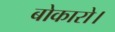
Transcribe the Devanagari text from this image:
बोकारो।